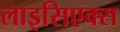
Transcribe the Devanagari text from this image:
लाइसिएक्स